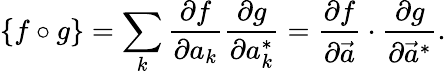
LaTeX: \{ f\circ g\} =\sum_{k}{\frac{\partial f}{\partial a_{k}}}{\frac{\partial g}{\partial a_{k}^{*}}}={\frac{\partial f}{\partial{\vec{a}}}}\cdot{\frac{\partial g}{\partial{\vec{a}}^{*}}}.